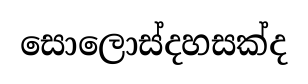
සොලොස්දහසක්ද